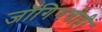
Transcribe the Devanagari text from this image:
जॉगिंगचीही